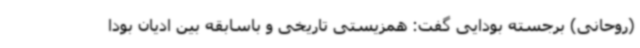
(روحانی) برجسته بودایی گفت: همزیستی تاریخی و باسابقه بین ادیان بودا